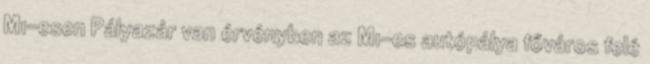
M1-esen Pályazár van érvényben az M1-es autópálya főváros felé